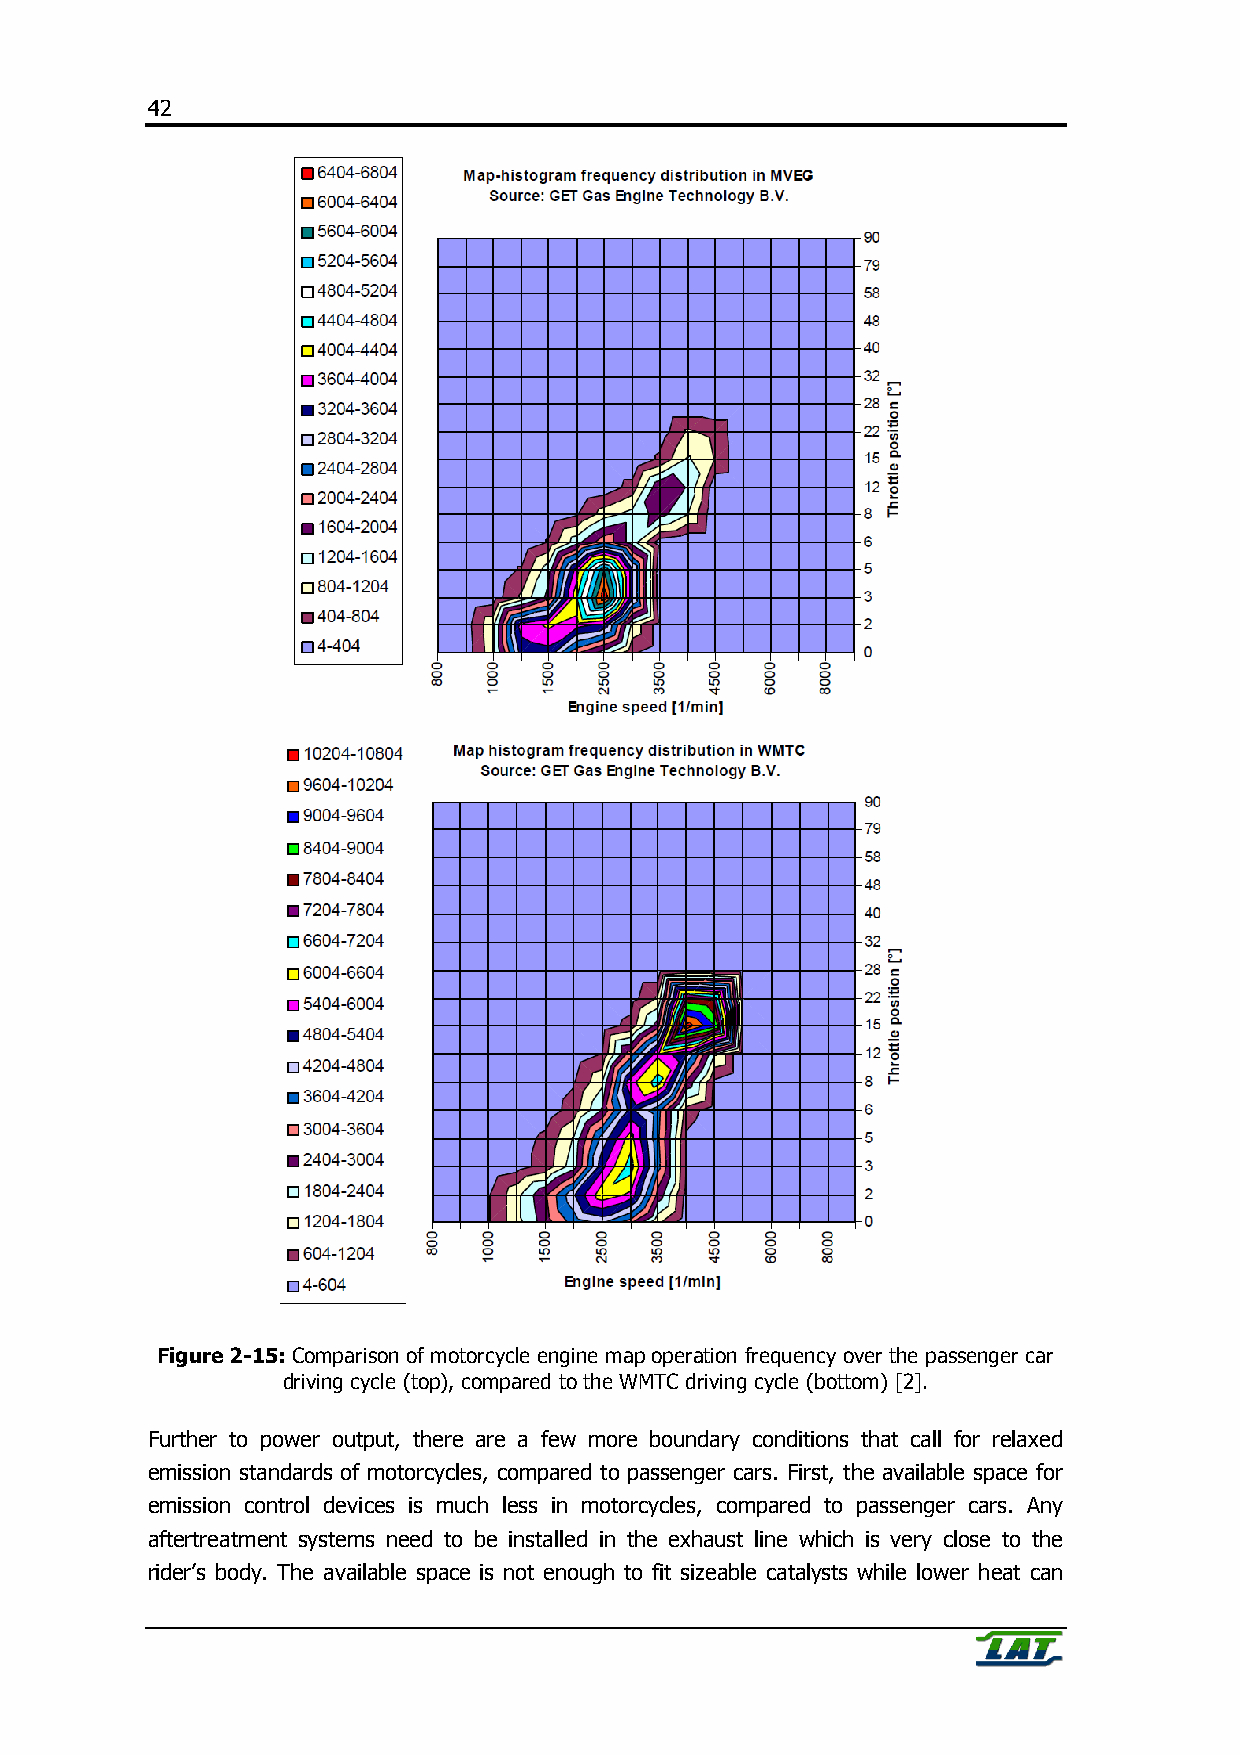
42
 Figure 2-15: Comparison of motorcycle engine map operation frequency over the passenger car
 driving cycle (top), compared to the WMTC driving cycle (bottom) [2].
 Further to power output, there are a few more boundary conditions that call for relaxed
 emission standards of motorcycles, compared to passenger cars. First, the available space for
 emission control devices is much less in motorcycles, compared to passenger cars. Any
 aftertreatment systems need to be installed in the exhaust line which is very close to the
 rider’s body. The available space is not enough to fit sizeable catalysts while lower heat can